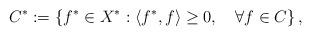
LaTeX: \begin{align*}C^* := \left\{ f^*\in X^* : \langle f^*, f\rangle \geq 0, \quad\forall f \in C \right\},\end{align*}